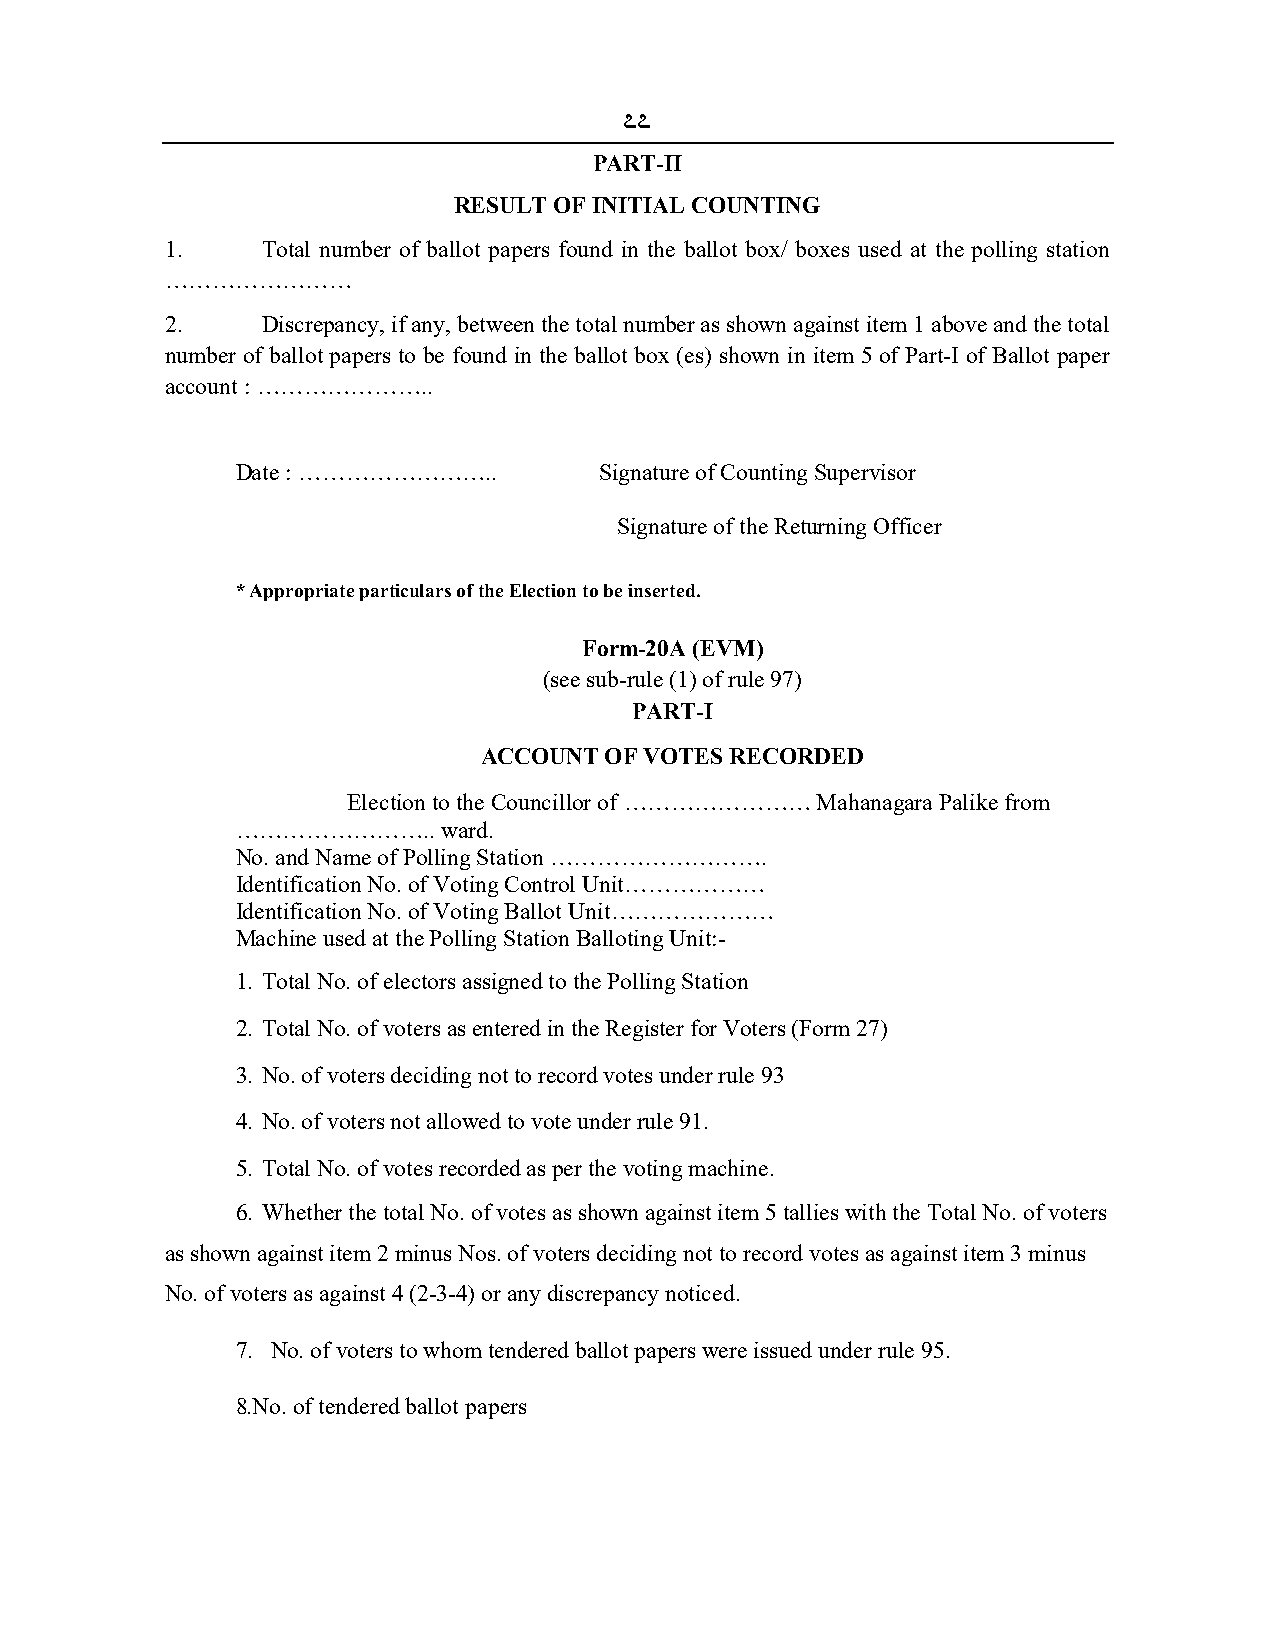
77
 PART-II
 RESULT OF INITIAL COUNTING
 1.    Total number of ballot papers found in the ballot box/ boxes used at the polling station
 ……………………
 2.    Discrepancy, if any, between the total number as shown against item 1 above and the total
 number of ballot papers to be found in the ballot box (es) shown in item 5 of Part-I of Ballot paper
 account : …………………..
 Date : ……………………..       Signature of Counting Supervisor
 Signature of the Returning Officer
 * Appropriate particulars of the Election to be inserted.
 Form-20A (EVM)
 (see sub-rule (1) of rule 97)
 PART-I
 ACCOUNT OF VOTES RECORDED
 Election to the Councillor of …………………… Mahanagara Palike from
 ……………………..   ward.
 No. and Name of Polling Station ……………………….
 Identification No. of Voting Control Unit………………
 Identification No. of Voting Ballot Unit…………………
 Machine used at the Polling Station Balloting Unit:-
 1. Total No. of electors assigned to the Polling Station
 2. Total No. of voters as entered in the Register for Voters (Form 27)
 3. No. of voters deciding not to record votes under rule 93
 4. No. of voters not allowed to vote under rule 91.
 5. Total No. of votes recorded as per the voting machine.
 6. Whether the total No. of votes as shown against item 5 tallies with the Total No. of voters
 as shown against item 2 minus Nos. of voters deciding not to record votes as against item 3 minus
 No. of voters as against 4 (2-3-4) or any discrepancy noticed.
 7. No. of voters to whom tendered ballot papers were issued under rule 95.
 8.No. of tendered ballot papers